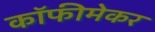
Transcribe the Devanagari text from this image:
कॉफीमेकर